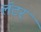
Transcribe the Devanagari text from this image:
लॅटर